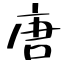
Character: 唐